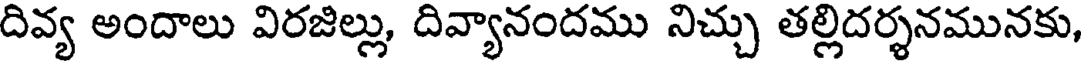
దివ్య అందాలు విరజిల్లు, దివ్యానందము నిచ్చు తల్లిదర్శనమునకు,